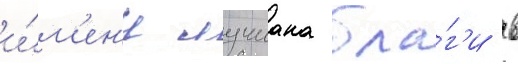
и́м'ен'и лучиана бла́г'и в